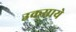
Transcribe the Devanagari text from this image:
उकसाये